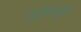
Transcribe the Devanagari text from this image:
दारिद्य्र